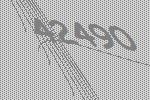
42490